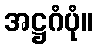
အဋ္ဌဂံပုံ။